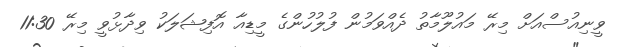
ވީނިއުސްއަށް މިރޭ މައުލޫމާތު ދެއްވަމުން ފުލުހުންގެ މީޑިއާ އޮފިޝަލަކު ވިދާޅުވީ މިރޭ 11:30